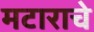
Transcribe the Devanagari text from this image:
मटाराचे